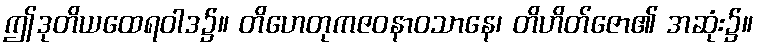
ဤဒုတိယထေရဝါဒ၌။ တိဟေတုကဇဝနာဝသာနေ၊ တိဟိတ်ဇော၏ အဆုံး၌။